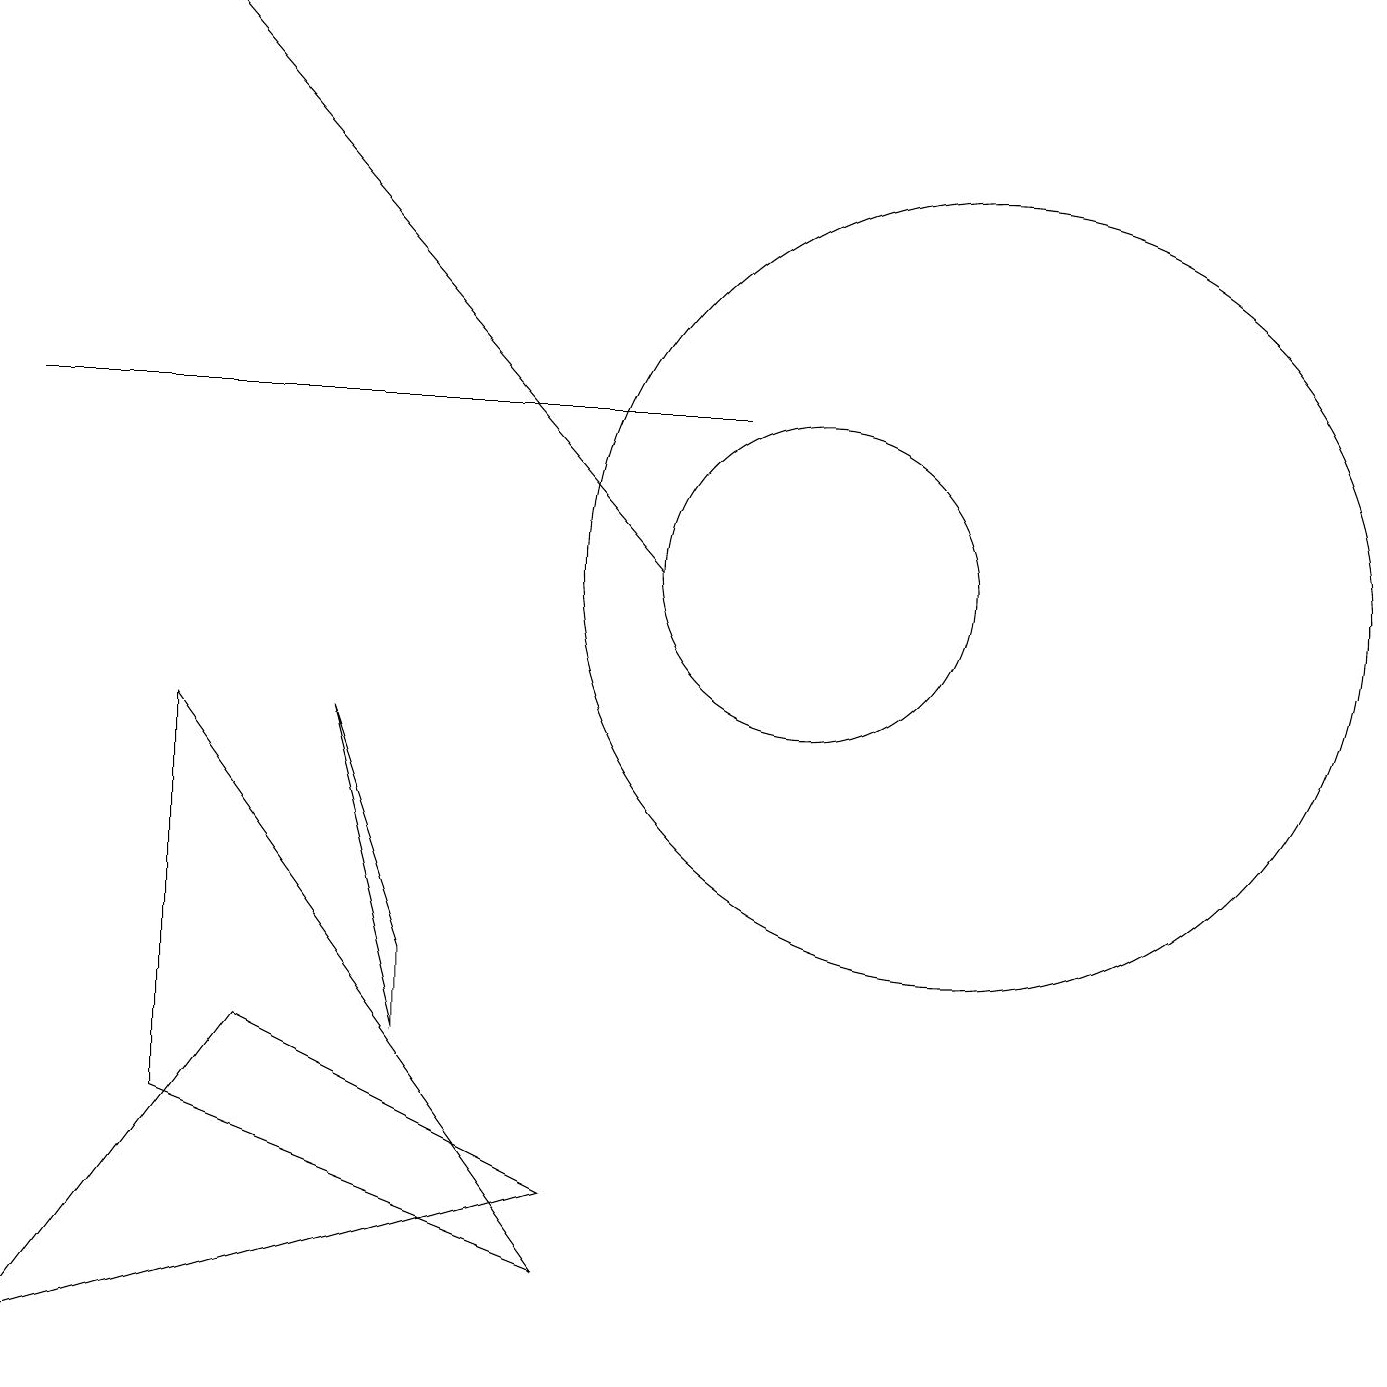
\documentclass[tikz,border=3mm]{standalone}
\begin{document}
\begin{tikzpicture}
\draw (5,4) -- (5,5) -- (4,8) -- cycle;
\draw (3,4) -- (7,2) -- (0,0) -- cycle;
\draw (12,10) circle (5);
\draw (2,8) -- (7,1) -- (2,3) -- cycle;
\draw[->] (8,10) -- (2,17);
\draw (9,12) rectangle (0,12);
\draw (10,10) circle (2);
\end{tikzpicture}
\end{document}